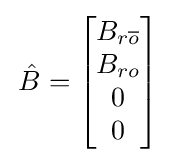
\,{\hat {B}}={\begin{bmatrix}B_{r{\overline {o}}}\\B_{ro}\\0\\0\end{bmatrix}}